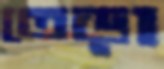
তেড়া